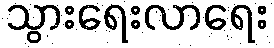
သွားရေးလာရေး